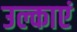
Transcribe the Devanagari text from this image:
उल्काएं